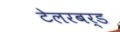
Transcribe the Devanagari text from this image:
टेलरबर्ड